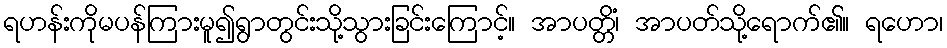
ရဟန်းကိုမပန်ကြားမူ၍ရွာတွင်းသို့သွားခြင်းကြောင့်။ အာပတ္တိံ၊ အာပတ်သို့ရောက်၏။ ရဟော၊